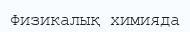
Физикалық химияда